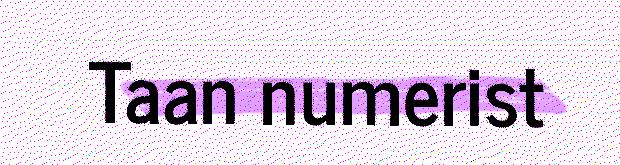
Taan numerist